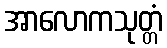
အာလောကသုတ္တံ